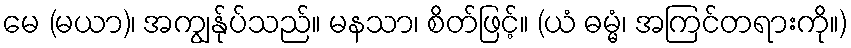
မေ (မယာ)၊ အကျွန်ုပ်သည်။ မနသာ၊ စိတ်ဖြင့်။ (ယံ ဓမ္မံ၊ အကြင်တရားကို။)